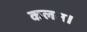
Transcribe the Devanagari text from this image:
कलन।